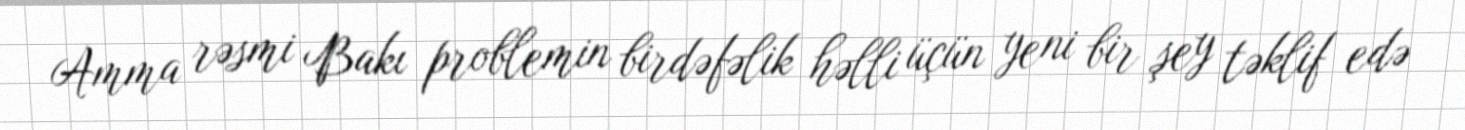
Amma rəsmi Bakı problemin birdəfəlik həlli üçün yeni bir şey təklif edə